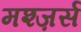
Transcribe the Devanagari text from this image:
मश्ज़र्स